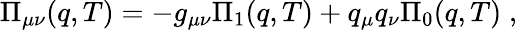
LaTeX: \Pi_{\mu\nu}(q,T)=-g_{\mu\nu}\Pi_{1}(q,T)+q_{\mu}q_{\nu}\Pi_{0}(q,T)\; ,